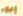
إعلام